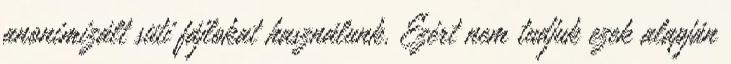
anonimizált süti fájlokat használunk. Ezért nem tudjuk ezek alapján